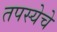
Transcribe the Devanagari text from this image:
तपस्येचे